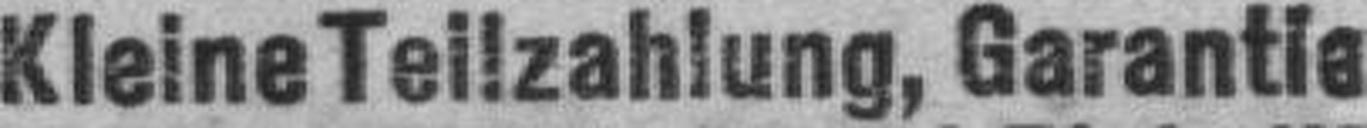
KleineTeilzahlung, Garantie